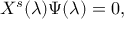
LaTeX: { \cal X } ^ { s } ( \lambda ) \Psi ( \lambda ) = 0 ,